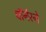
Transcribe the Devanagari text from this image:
वॉर्नरने